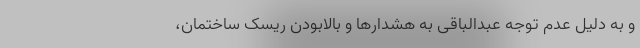
و به دلیل عدم توجه عبدالباقی به هشدارها و بالابودن ریسک ساختمان،